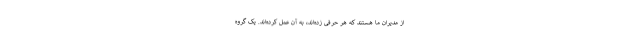
از مدیران ما هستند که هر حرفی زده‌اند، به آن عمل کرده‌اند. یک گروه